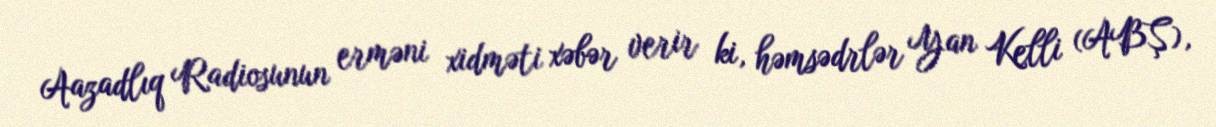
Aazadlıq Radiosunun erməni xidməti xəbər verir ki, həmsədrlər Yan Kelli (ABŞ),